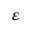
\varepsilon